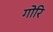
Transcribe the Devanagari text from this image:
गोरि